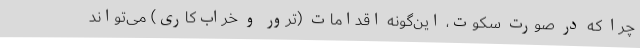
چرا که در صورت سکوت، این‌گونه اقدامات (ترور و خراب‌کاری) می‌تواند